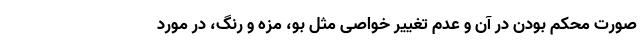
صورت محکم بودن در آن و عدم تغییر خواصی مثل بو، مزه و رنگ، در مورد